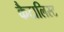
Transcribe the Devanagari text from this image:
कैटालिस्ट